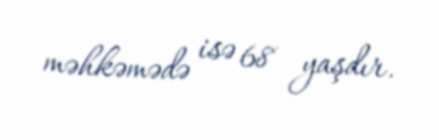
məhkəmədə isə 68 yaşdır.